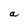
Character: a